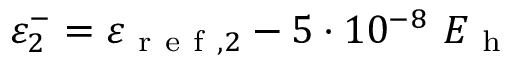
\varepsilon _ { 2 } ^ { - } = \varepsilon _ { \mathrm { ~ r ~ e ~ f ~ } , 2 } - 5 \cdot 1 0 ^ { - 8 } \ E _ { \mathrm { ~ h ~ } }